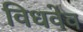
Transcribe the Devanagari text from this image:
विधवेव